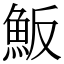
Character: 魬